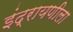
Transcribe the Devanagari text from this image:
इंद्रायणीला